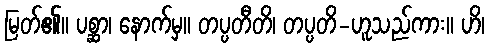
မြတ်၏။ ပစ္ဆာ၊ နောက်မှ။ တပ္ပတီတိ၊ တပ္ပတိ-ဟူသည်ကား။ ဟိ၊